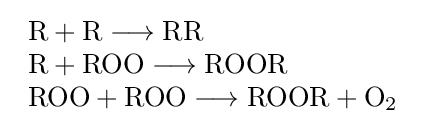
{\begin{array}{l}{{\text{R}}{}+{}\mathrm {R} {}\mathrel {\longrightarrow } {}\mathrm {RR} }\\{{\text{R}}{}+{}\mathrm {ROO} {}\mathrel {\longrightarrow } {}\mathrm {ROOR} }\\{{\text{ROO}}{}+{}\mathrm {ROO} {}\mathrel {\longrightarrow } {}{\text{ROOR}}{}+{}\mathrm {O} {\vphantom {A}}_{\smash[{t}]{2}}}\end{array}}